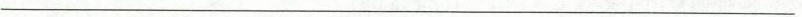
___